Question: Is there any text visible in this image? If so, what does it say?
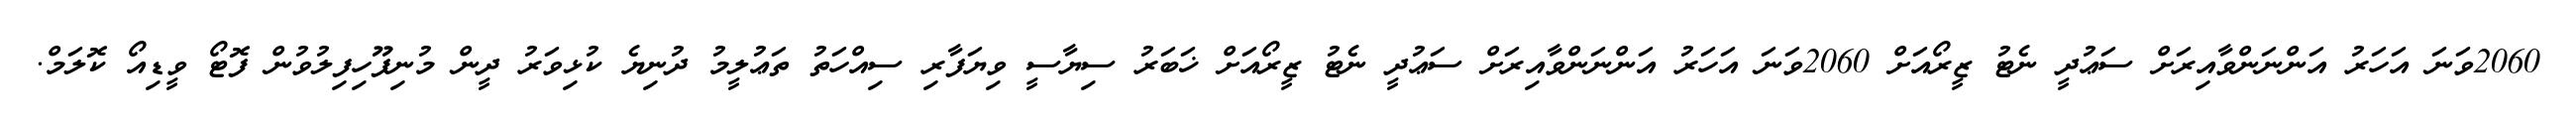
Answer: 2060ވަނަ އަހަރު އަންނަންވާއިރަށް ސަޢުދީ ނެޓު ޒީރޯއަށް 2060ވަނަ އަހަރު އަންނަންވާއިރަށް ސަޢުދީ ނެޓު ޒީރޯއަށް ޚަބަރު ސިޔާސީ ވިޔަފާރި ސިއްހަތު ތަޢުލީމު ދުނިޔެ ކުޅިވަރު ދީން މުނިފޫހިފިލުވުން ފޮޓޯ ވީޑިއޯ ކޮލަމް.